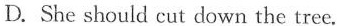
D. She should cut down the tree.